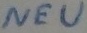
Text: NEU